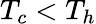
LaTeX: T_{c}<T_{h}